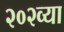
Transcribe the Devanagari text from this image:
२०२व्या